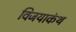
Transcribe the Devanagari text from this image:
विजयाकंथ